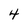
Character: 4